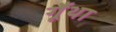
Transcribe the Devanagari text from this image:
गूँथा